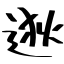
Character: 逖